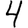
Digit: 4